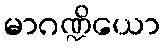
မာဂဏ္ဍိယော